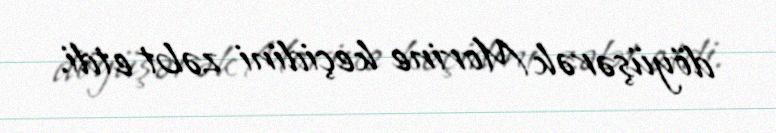
döyüşərək Morine keçidini zəbt etdi.